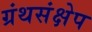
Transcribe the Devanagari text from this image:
ग्रंथसंक्षेप